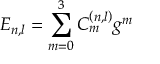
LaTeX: E _ { n , l } = \sum _ { m = 0 } ^ { 3 } C _ { m } ^ { \left( n , l \right) } g ^ { m }